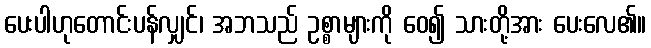
ပေးပါဟုတောင်းပန်လျှင်၊ အဘသည် ဥစ္စာများကို ဝေ၍ သားတို့အား ပေးလေ၏။